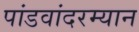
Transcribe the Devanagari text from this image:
पांडवांदरम्यान